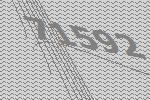
71592